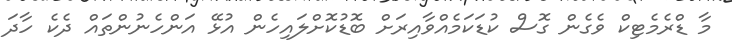
މާ ޑްރެމެޓިކް ވެގެން ގޮސް ކުޑަކަމެއްވާއިރަށް ބޮޑުކޮށްލައިހެން އުޅޭ އަންހެނުންތައް ދެކެ ހާދަ